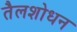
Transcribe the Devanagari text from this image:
तैलशोधन